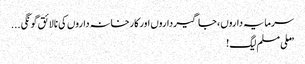
سرمایہ داروں ، جاگیرداروں اور کارخانہ داروں کی نالائق گونگی ...
”ملی مسلم لیگ !